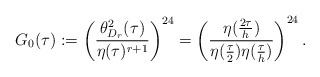
\begin{align*}G_0(\tau):=\left(\frac{\theta^2_{D_r}(\tau)}{\eta(\tau)^{r+1}}\right)^{24}=\left(\frac{\eta(\frac{2\tau}{h})}{\eta(\frac{\tau}{2})\eta(\frac{\tau}{h})}\right)^{24}.\end{align*}